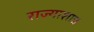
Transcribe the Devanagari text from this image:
राज्याशात्र